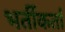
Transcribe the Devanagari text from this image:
भर्तीकर्ता